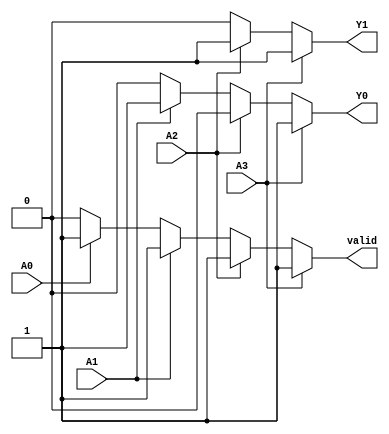
module priority_encoder (
    input wire A0,      // Input 0 (Lowest priority)
    input wire A1,      // Input 1
    input wire A2,      // Input 2
    input wire A3,      // Input 3 (Highest priority)
    output reg Y1,      // Output 1
    output reg Y0,      // Output 0
    output reg valid    // Output to indicate if the output is valid
);

always @(*) begin
    // Default values
    Y1 = 0;
    Y0 = 0;
    valid = 0;

    // Priority encoding logic
    if (A3) begin
        Y1 = 1;
        Y0 = 1;
        valid = 1;  // Valid output
    end else if (A2) begin
        Y1 = 1;
        Y0 = 0;
        valid = 1;  // Valid output
    end else if (A1) begin
        Y1 = 0;
        Y0 = 1;
        valid = 1;  // Valid output
    end else if (A0) begin
        Y1 = 0;
        Y0 = 0;
        valid = 1;  // Valid output
    end else begin
        // no active inputs, output remains 0, valid remains 0
        valid = 0;  // Invalid output (no inputs active)
    end
end

endmodule